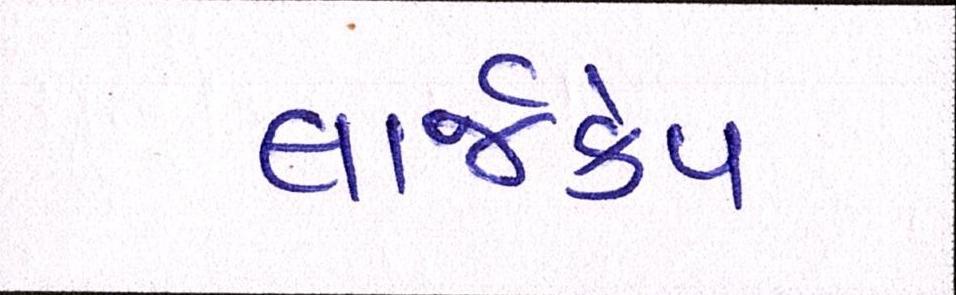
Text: લાર્જકેપ